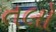
તલો